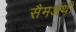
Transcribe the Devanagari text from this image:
सैमअथ़ी